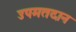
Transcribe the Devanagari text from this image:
उपमतदान